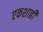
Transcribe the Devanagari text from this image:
एकशाही